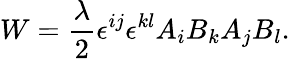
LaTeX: W=\frac{\lambda}{2}\epsilon^{ij}\epsilon^{kl}A_{i}B_{k}A_{j}B_{l}.